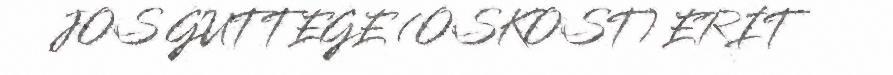
JOS GUTTEGE (OSKOST) ERIT